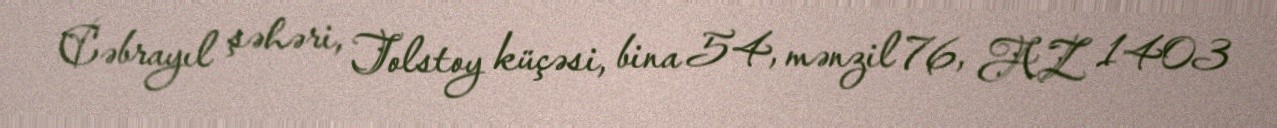
Cəbrayıl şəhəri, Tolstoy küçəsi, bina 54, mənzil 76, AZ 1403